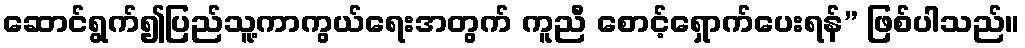
ဆောင်ရွက်၍ပြည်သူ့ကာကွယ်ရေးအတွက် ကူညီ စောင့်ရှောက်ပေးရန်” ဖြစ်ပါသည်။